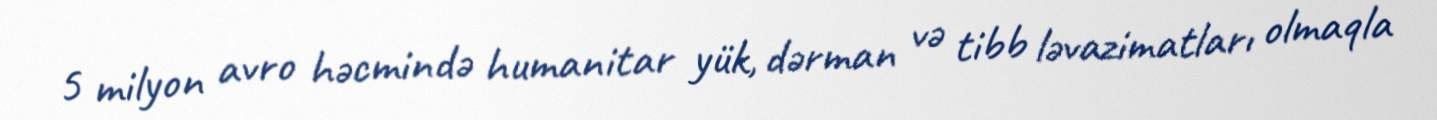
5 milyon avro həcmində humanitar yük, dərman və tibb ləvazimatları olmaqla